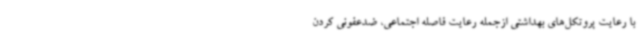
با رعایت پروتکل‌های بهداشتی ازجمله رعایت فاصله اجتماعی، ضدعفونی کردن